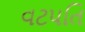
વટપતિ